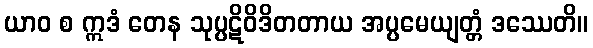
ယာဝ စ ဣဒံ တေန သုပ္ပဋိဝိဒိတတာယ အပ္ပမေယျတ္တံ ဒဿေတိ။